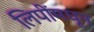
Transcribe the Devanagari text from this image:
लिपींमधून